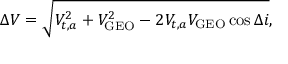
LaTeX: \Delta V = { \sqrt { V _ { t , a } ^ { 2 } + V _ { \mathrm { G E O } } ^ { 2 } - 2 V _ { t , a } V _ { \mathrm { G E O } } \cos \Delta i } } ,